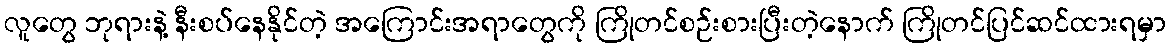
လူတွေ ဘုရားနဲ့ နီးစပ်နေနိုင်တဲ့ အကြောင်းအရာတွေကို ကြိုတင်စဉ်းစားပြီးတဲ့နောက် ကြိုတင်ပြင်ဆင်ထားရမှာ